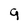
Character: 9